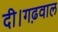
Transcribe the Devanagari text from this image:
दी।गढ़वाल